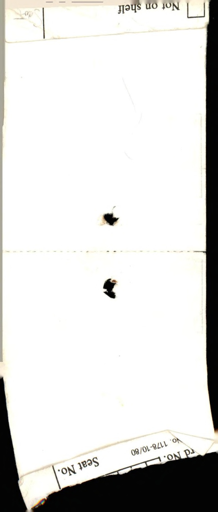
Label: content